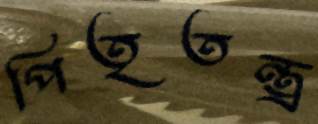
পিতৃতন্ত্র